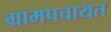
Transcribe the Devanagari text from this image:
ग्रामपचायत